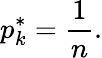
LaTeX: p_{k}^{*}={\frac{1}{n}}.